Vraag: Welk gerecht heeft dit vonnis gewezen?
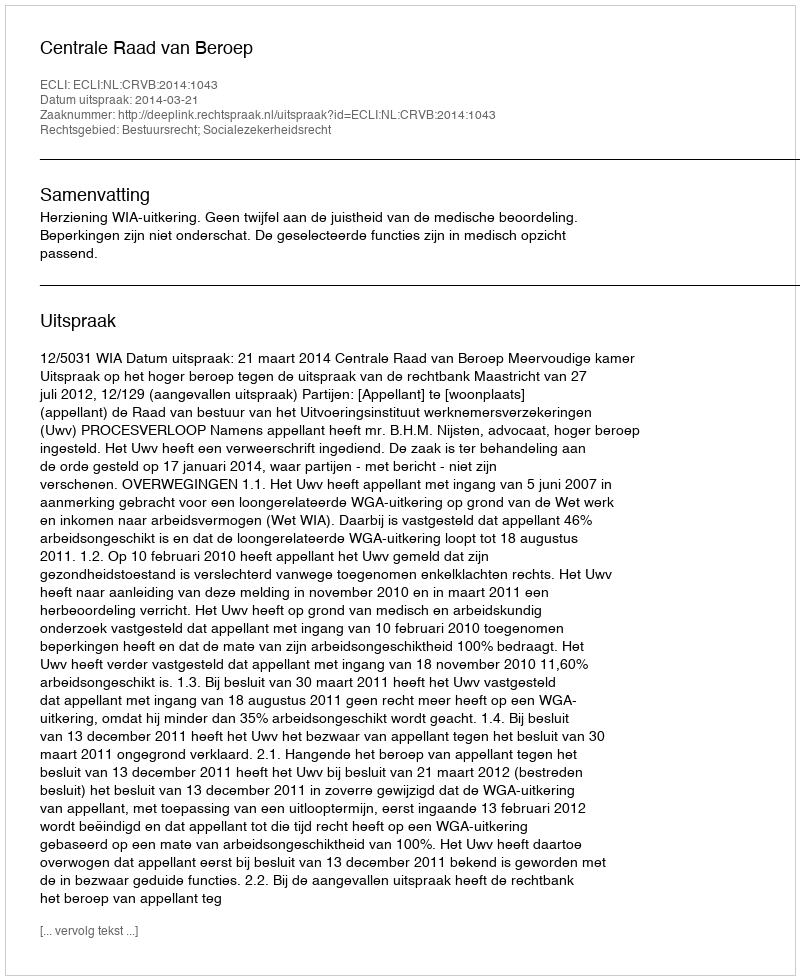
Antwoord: Centrale Raad van Beroep